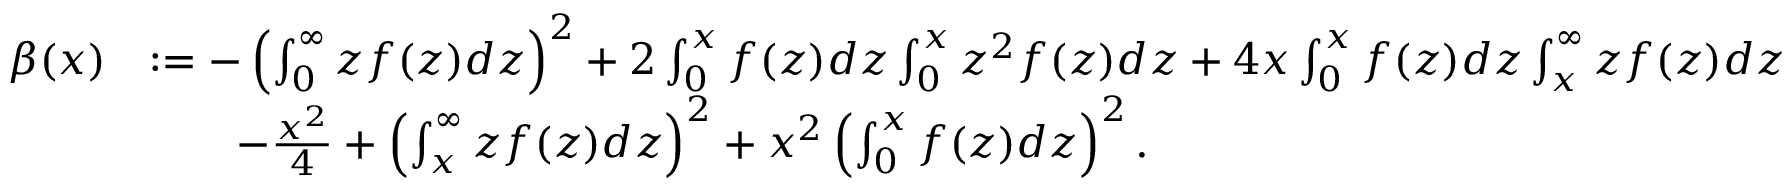
\begin{array} { r l } { \beta ( x ) } & { : = - \left( \int _ { 0 } ^ { \infty } z f ( z ) d z \right) ^ { 2 } + 2 \int _ { 0 } ^ { x } f ( z ) d z \int _ { 0 } ^ { x } z ^ { 2 } f ( z ) d z + 4 x \int _ { 0 } ^ { x } f ( z ) d z \int _ { x } ^ { \infty } z f ( z ) d z } \\ & { \qquad - \frac { x ^ { 2 } } { 4 } + \left( \int _ { x } ^ { \infty } z f ( z ) d z \right) ^ { 2 } + x ^ { 2 } \left( \int _ { 0 } ^ { x } f ( z ) d z \right) ^ { 2 } . } \end{array}